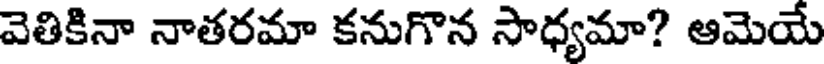
వెతికినా నాతరమా కనుగొన సాధ్యమా? ఆమెయే